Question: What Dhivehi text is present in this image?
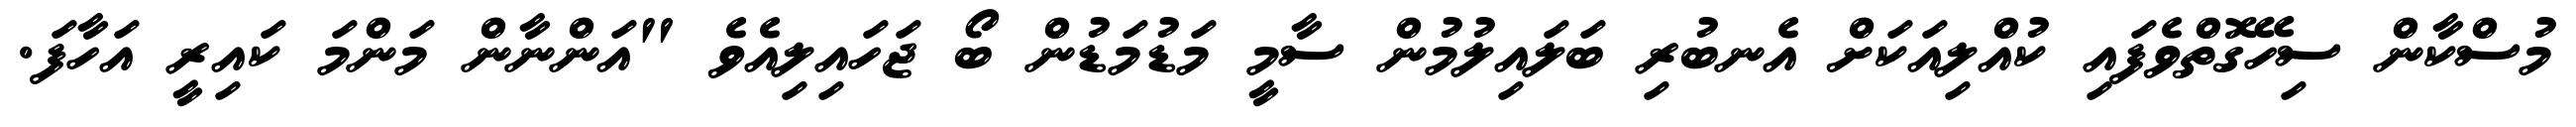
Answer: މުސްކާން ސިހޭގޮތްވެފައި ކުއްލިއަކަށް އެނބުރި ބަލައިލުމުން ސާމީ މަޑުމަޑުން ބޯ ޖަހައިލިއެވެ "އަންނާން މަންމަ ކައިރީ އަހާފަ.